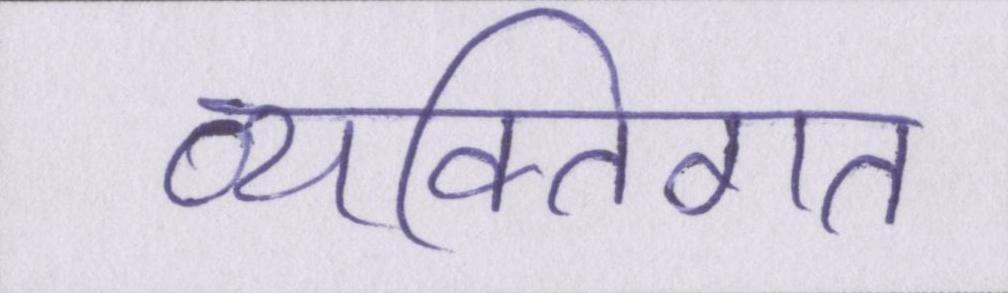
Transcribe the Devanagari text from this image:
व्यक्तिगत